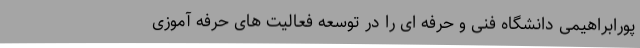
پورابراهیمی دانشگاه فنی و حرفه ای را در توسعه فعالیت های حرفه آموزی